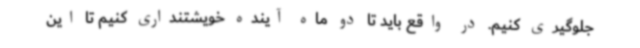
جلوگیری کنیم. در واقع باید تا دو ماه آینده خویشتنداری کنیم تا این